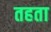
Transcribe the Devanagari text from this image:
तहता